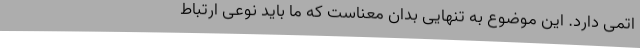
اتمی دارد. این موضوع به تنهایی بدان معناست که ما باید نوعی ارتباط